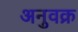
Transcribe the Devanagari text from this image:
अनुवक्र